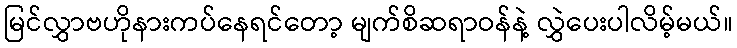
မြင်လွှာဗဟိုနားကပ်နေရင်တော့ မျက်စိဆရာဝန်နဲ့ လွှဲပေးပါလိမ့်မယ်။